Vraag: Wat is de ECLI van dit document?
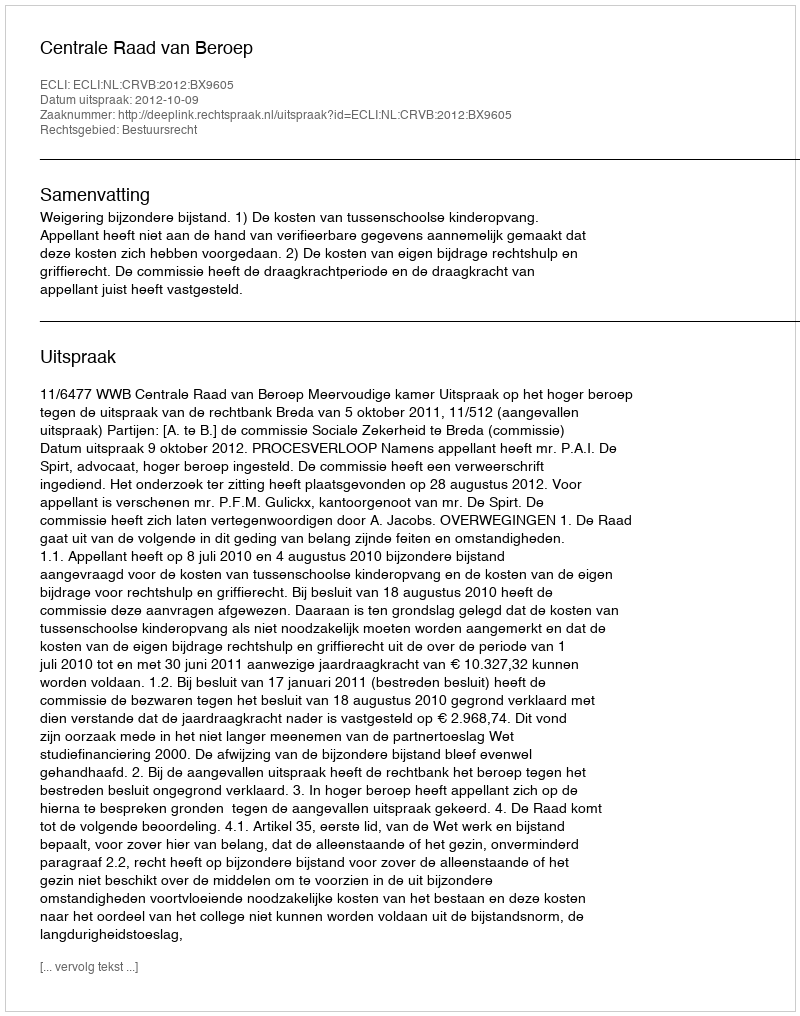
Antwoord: ECLI:NL:CRVB:2012:BX9605